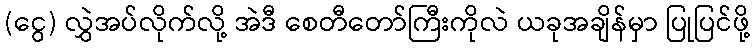
(ငွေ) လွှဲအပ်လိုက်လို့ အဲဒီ စေတီတော်ကြီးကိုလဲ ယခုအချိန်မှာ ပြုပြင်ဖို့